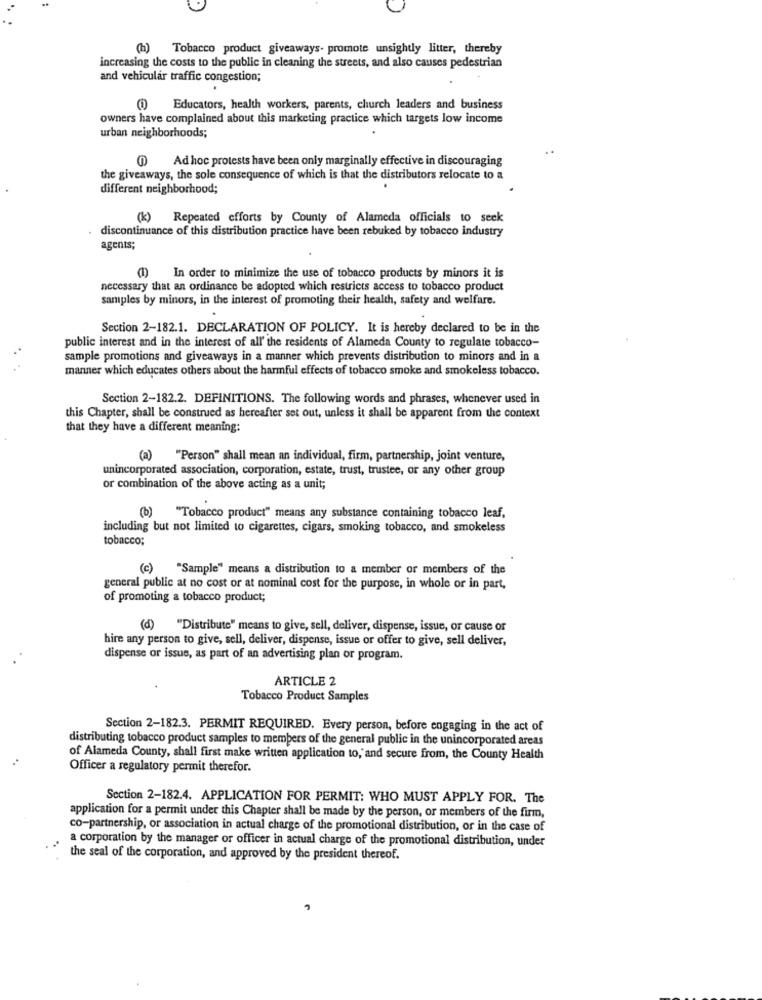
(h) Tobacco product giveaways- promote unsightly litter, thereby
increasing the costs to the public in cleaning the streets, and also causes pedestrian
and vehicular traffic congestion;
(1) Educators, health workers, parents, church leaders and business
owners have complained about this marketing practice which targets low income
urban neighborhoods;
1) Ad hoc protests have been only marginally effective in discouraging
the giveaways, the sole consequence of which is that the distributors relocate to a
different neighborhood;
(k) Repeated efforts by County of Alameda officials to seek
discontinuance of this distribution practice have been rebuked by tobacco industry
agents;
(1)
In order to minimize the use of tobacco products by minors it is
necessary that an ordinance be adopted which restricts access to tobacco product
samples by minors, in the interest of promoting their health, safety and welfare.
Section 2-182.1. DECLARATION OF POLICY. It is hereby declared to be in the
public interest and in the interest of all' the residents of Alameda County to regulate tobacco-
sample promotions and giveaways in a manner which prevents distribution to minors and in a
manner which educates others about the harmful effects of tobacco smoke and smokeless tobacco.
Section 2-182.2. DEFINITIONS. The following words and phrases, whenever used in
this Chapter, shall be construed as hereafter set out, unless it shall be apparent from the context
that they have a different meaning:
(a) "Person" shall mean an individual, firm, partnership, joint venture,
unincorporated association, corporation, estate, trust, trustee, or any other group
or combination of the above acting as a unit;
(b) "Tobacco product" means any substance containing tobacco leaf,
including but not limited to cigarettes, cigars, smoking tobacco, and smokeless
tobacco;
(c) "Sample" means a distribution to a member of members of the
general public at no cost or at nominal cost for the purpose, in whole or in part,
of promoting a tobacco product;
(d) "Distribute" means to give, sell, deliver, dispense, issue, or cause or
hire any person to give, sell, deliver, dispense, issue or offer to give, sell deliver,
dispense or issue, as part of an advertising plan or program.
ARTICLE 2
Tobacco Product Samples
Section 2-182.3. PERMIT REQUIRED. Every person, before engaging in the act of
distributing tobacco product samples to members of the general public in the unincorporated areas
of Alameda County, shall first make written application to, and secure from, the County Health
Officer a regulatory permit therefor.
Section 2-182.4. APPLICATION FOR PERMIT: WHO MUST APPLY FOR. The
application for a permit under this Chapter shall be made by the person, or members of the firm,
co-partnership, or association in actual charge of the promotional distribution, or in the case of
a corporation by the manager or officer in actual charge of the promotional distribution, under
the seal of the corporation, and approved by the president thereof.